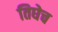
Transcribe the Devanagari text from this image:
तिघेच